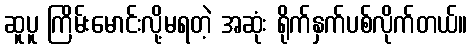
ဆူပူ ကြိမ်းမောင်းလို့မရတဲ့ အဆုံး ရိုက်နှက်ပစ်လိုက်တယ်။